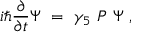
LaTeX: i \hbar { \frac { \partial } { \partial t } } \Psi \ = \ \gamma _ { 5 } \ P \ \Psi \ ,